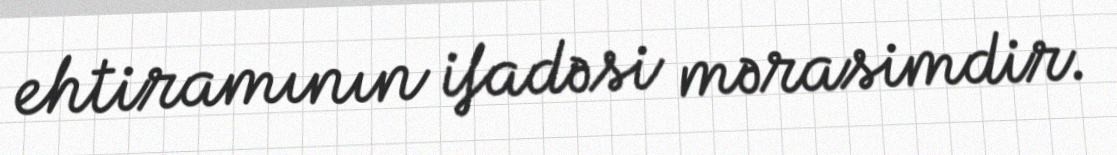
ehtiramının ifadəsi mərasimdir.